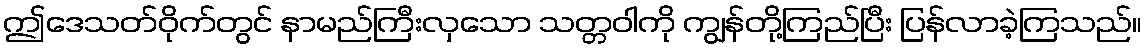
ဤဒေသတ်ဝိုက်တွင် နာမည်ကြီးလှသော သတ္တဝါကို ကျွန်တို့ကြည်ပြီး ပြန်လာခဲ့ကြသည်။